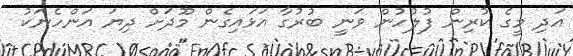
އަދި މީގެ ކުރިން ފުލުހުން ވަނީ ބުރުގާ އަޅައިގެން މޫދަށް ދިޔަ އަންހެނަކު